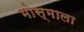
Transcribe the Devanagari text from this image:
मोस्माला